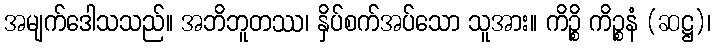
အမျက်ဒေါသသည်။ အဘိဘူတဿ၊ နှိပ်စက်အပ်သော သူအား။ ကိဉ္စိ ကိဉ္စနံ (ဆဋ္ဌ)၊